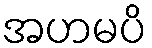
အဟမပိ